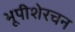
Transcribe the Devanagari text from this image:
भूपीशेरचन